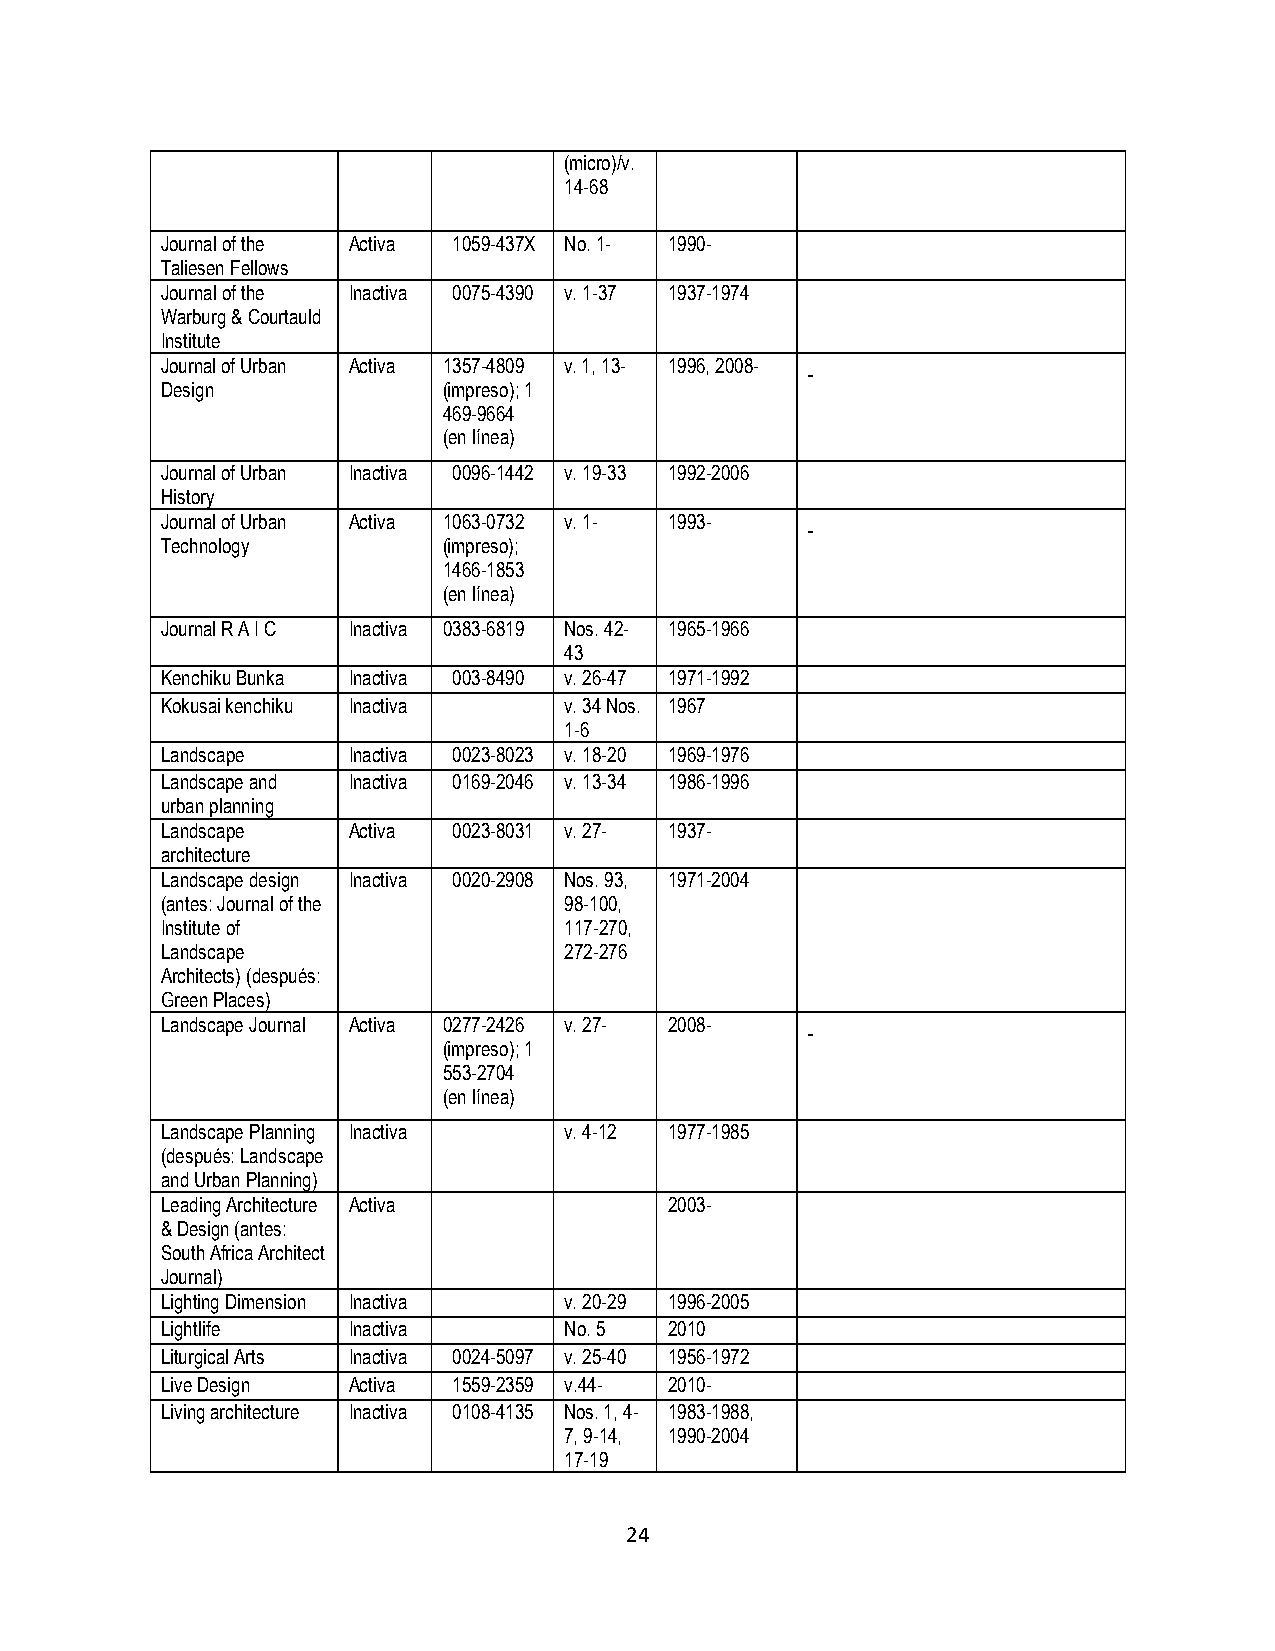
(micro)/v.
 14-68
 Journal of the Activa 1059-437X No. 1- 1990-
 Taliesen Fellows
 Journal of the Inactiva 0075-4390 v. 1-37 1937-1974
 Warburg & Courtauld
 Institute
 Journal of Urban Activa 1357-4809 v. 1, 13- 1996, 2008-
 Design            (impreso); 1
 469-9664
 (en línea)
 Journal of Urban Inactiva 0096-1442 v. 19-33 1992-2006
 History
 Journal of Urban Activa 1063-0732 v. 1- 1993-
 Technology        (impreso);
 1466-1853
 (en línea)
 Journal R A I C Inactiva 0383-6819 Nos. 42- 1965-1966
 43
 Kenchiku Bunka Inactiva 003-8490 v. 26-47 1971-1992
 Kokusai kenchiku Inactiva v. 34 Nos. 1967
 1-6
 Landscape   Inactiva 0023-8023 v. 18-20 1969-1976
 Landscape and Inactiva 0169-2046 v. 13-34 1986-1996
 urban planning
 Landscape   Activa 0023-8031 v. 27- 1937-
 architecture
 Landscape design Inactiva 0020-2908 Nos. 93, 1971-2004
 (antes: Journal of the    98-100,
 Institute of              117-270,
 Landscape                 272-276
 Architects) (después:
 Green Places)
 Landscape Journal Activa 0277-2426 v. 27- 2008-
 (impreso); 1
 553-2704
 (en línea)
 Landscape Planning Inactiva v. 4-12 1977-1985
 (después: Landscape
 and Urban Planning)
 Leading Architecture Activa      2003-
 & Design (antes:
 South Africa Architect
 Journal)
 Lighting Dimension Inactiva v. 20-29 1996-2005
 Lightlife   Inactiva      No. 5  2010
 Liturgical Arts Inactiva 0024-5097 v. 25-40 1956-1972
 Live Design Activa 1559-2359 v.44- 2010-
 Living architecture Inactiva 0108-4135 Nos. 1, 4- 1983-1988,
 7, 9-14, 1990-2004
 17-19
 24